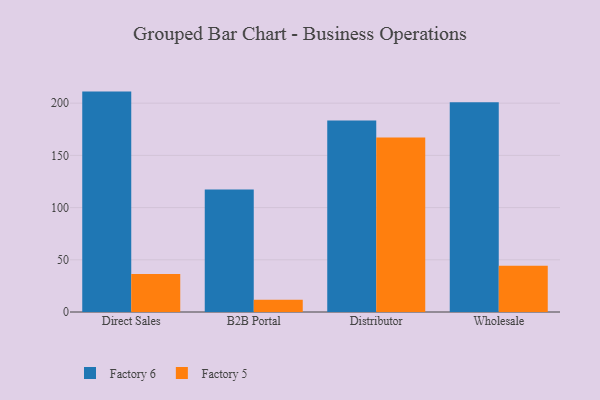
{"axis": {"x": "Channel", "y": "Satisfaction Score"}, "legend": ["Factory 5", "Factory 6"], "data": [{"x": "Direct Sales", "y": 211.1, "type": "Factory 6"}, {"x": "Direct Sales", "y": 36.3, "type": "Factory 5"}, {"x": "B2B Portal", "y": 117.3, "type": "Factory 6"}, {"x": "B2B Portal", "y": 11.7, "type": "Factory 5"}, {"x": "Distributor", "y": 183.5, "type": "Factory 6"}, {"x": "Distributor", "y": 167.1, "type": "Factory 5"}, {"x": "Wholesale", "y": 200.9, "type": "Factory 6"}, {"x": "Wholesale", "y": 44.3, "type": "Factory 5"}]}